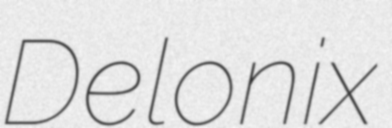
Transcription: Delonix